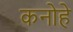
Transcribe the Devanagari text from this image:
कनोहे